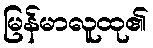
မြန်မာလူထု၏